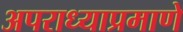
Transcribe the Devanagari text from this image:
अपराध्याप्रमाणे